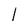
Character: l